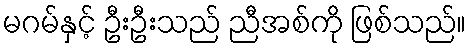
မဂမ်နှင့် ဦးဦးသည် ညီအစ်ကို ဖြစ်သည်။